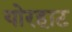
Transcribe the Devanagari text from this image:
योरहाट